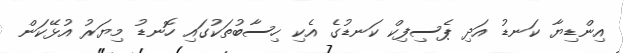
އިންޑިޔާ ކަނޑު އަދި ޕެސިފިކް ކަނޑުގެ އެކި ހިސާބުތަކުގައި ހޮނޑު މިޔަރު އުޅޭކަން